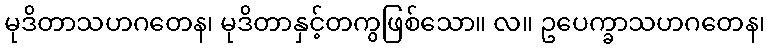
မုဒိတာသဟဂတေန၊ မုဒိတာနှင့်တကွဖြစ်သော။ လ။ ဥပေက္ခာသဟဂတေန၊